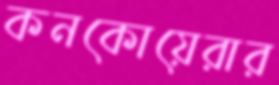
কনকোয়েরার